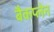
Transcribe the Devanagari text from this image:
बैकप्लेन